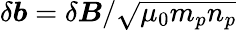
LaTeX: \delta\boldsymbol{b}={\delta\boldsymbol{B}}/{\sqrt{\mu_{0}m_{p}n_{p}}}